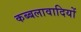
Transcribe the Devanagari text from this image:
कब्बलावादियों